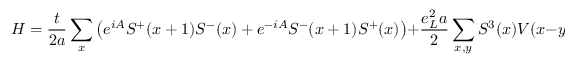
H = \frac { t } { 2 a } \sum _ { x } \left( e ^ { i A } S ^ { + } ( x + 1 ) S ^ { - } ( x ) + e ^ { - i A } S ^ { - } ( x + 1 ) S ^ { + } ( x ) \right) + \frac { e _ { L } ^ { 2 } a } { 2 } \sum _ { x , y } S ^ { 3 } ( x ) V ( x - y ) S ^ { 3 } ( y ) + e _ { L } ^ { 2 } E ^ { 2 } / 2 N